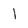
Character: 1